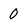
Character: 0